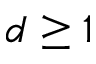
d \geq 1